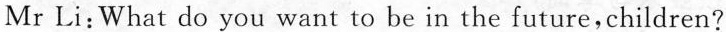
Mr Li:What do you want to be in the future, children?